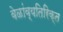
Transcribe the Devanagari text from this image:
वेळांव्यतिरिक्त